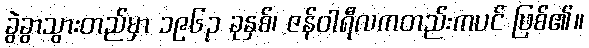
ခွဲခွာသွားတည်မှာ ၁၉၆၃ ခုနှစ်၊ ဇန်ဝါရီလကတည်းကပင် ဖြစ်၏။